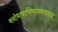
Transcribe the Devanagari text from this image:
मनोभावाभिव्यंजकतावाद